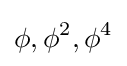
\phi ,\phi ^{2},\phi ^{4}